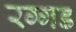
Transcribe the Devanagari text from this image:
रग्गड